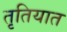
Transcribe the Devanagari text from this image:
तृतियात